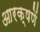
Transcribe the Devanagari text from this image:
आरक्षणें